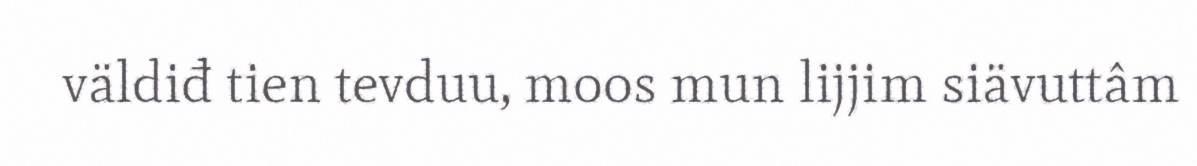
väldiđ tien tevduu, moos mun lijjim siävuttâm